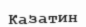
Казатин